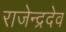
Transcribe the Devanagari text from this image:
राजेन्द्रदेव